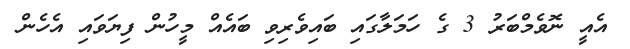
އެއީ ނޮވެމްބަރު 3 ގެ ހަމަލާގައި ބައިވެރިވި ބައެއް މީހުން ފިޔަވައި އެހެން